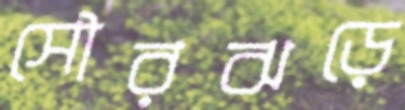
সৌরঝড়ে